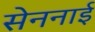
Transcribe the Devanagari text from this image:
सेननाई